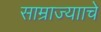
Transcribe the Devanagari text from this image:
साम्राज्यााचे